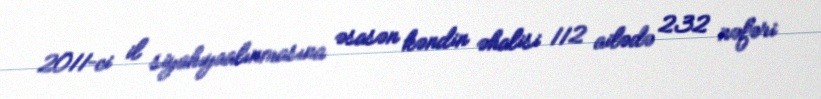
2011–ci il siyahıyaalınmasına əsasən kəndin əhalisi 112 ailədə 232 nəfəri